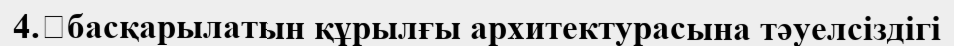
4.	басқарылатын құрылғы архитектурасына тәуелсіздігі